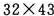
$$3 2 \times 4 3$$